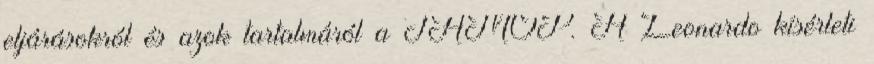
eljárásokról és azok tartalmáról a TÁMOP. A Leonardo kísérleti